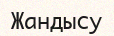
Жандысу